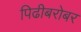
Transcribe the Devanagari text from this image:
पिढीबरोबर